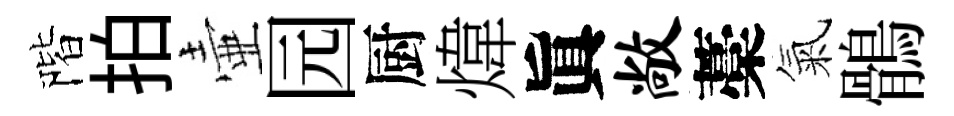
階拍壷园厨煒眞敞藁氣鶻